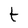
Character: t